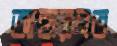
আহারনত